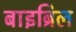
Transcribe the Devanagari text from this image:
बाइब्रिल